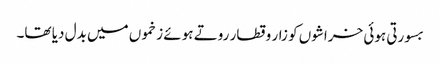
بسورتی ہوئی خراشوں کو زار و قطار روتے ہوئے زخموں میں بدل دیا تھا۔